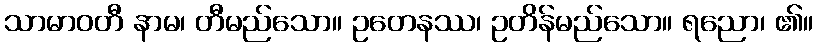
သာမာဝတီ နာမ၊ တီမည်သော။ ဥတေနဿ၊ ဥတိန်မည်သော။ ရညော၊ ၏။